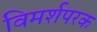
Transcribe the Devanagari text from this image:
विमर्शपरक